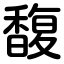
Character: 馥